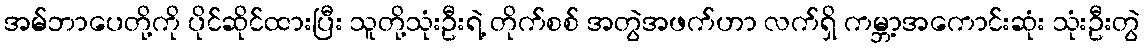
အမ်ဘာပေတို့ကို ပိုင်ဆိုင်ထားပြီး သူတို့သုံးဦးရဲ့ တိုက်စစ် အတွဲအဖက်ဟာ လက်ရှိ ကမ္ဘာ့အကောင်းဆုံး သုံးဦးတွဲ